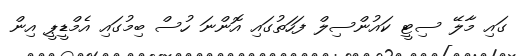
ގައި މާލޭ ސިޓީ ކައުންސިލް ފަހަތުގައި އޮންނަ ހުސް ބިމުގައި އެމްޑީޕީ އިން